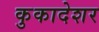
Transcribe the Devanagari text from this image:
कुकादेशर